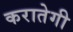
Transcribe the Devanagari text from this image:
करातेगी